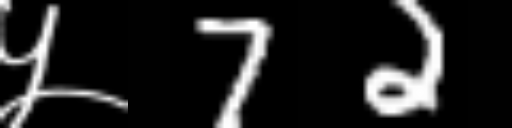
Text: ५72